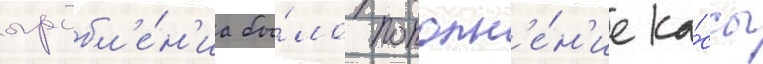
ограбл'е́н'иа бы́ло пополн'е́н'ие ка́ссы